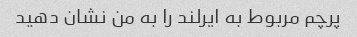
پرچم مربوط به ایرلند را به من نشان دهید